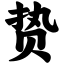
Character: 贽